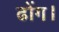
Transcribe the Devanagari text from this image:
ढोंग।